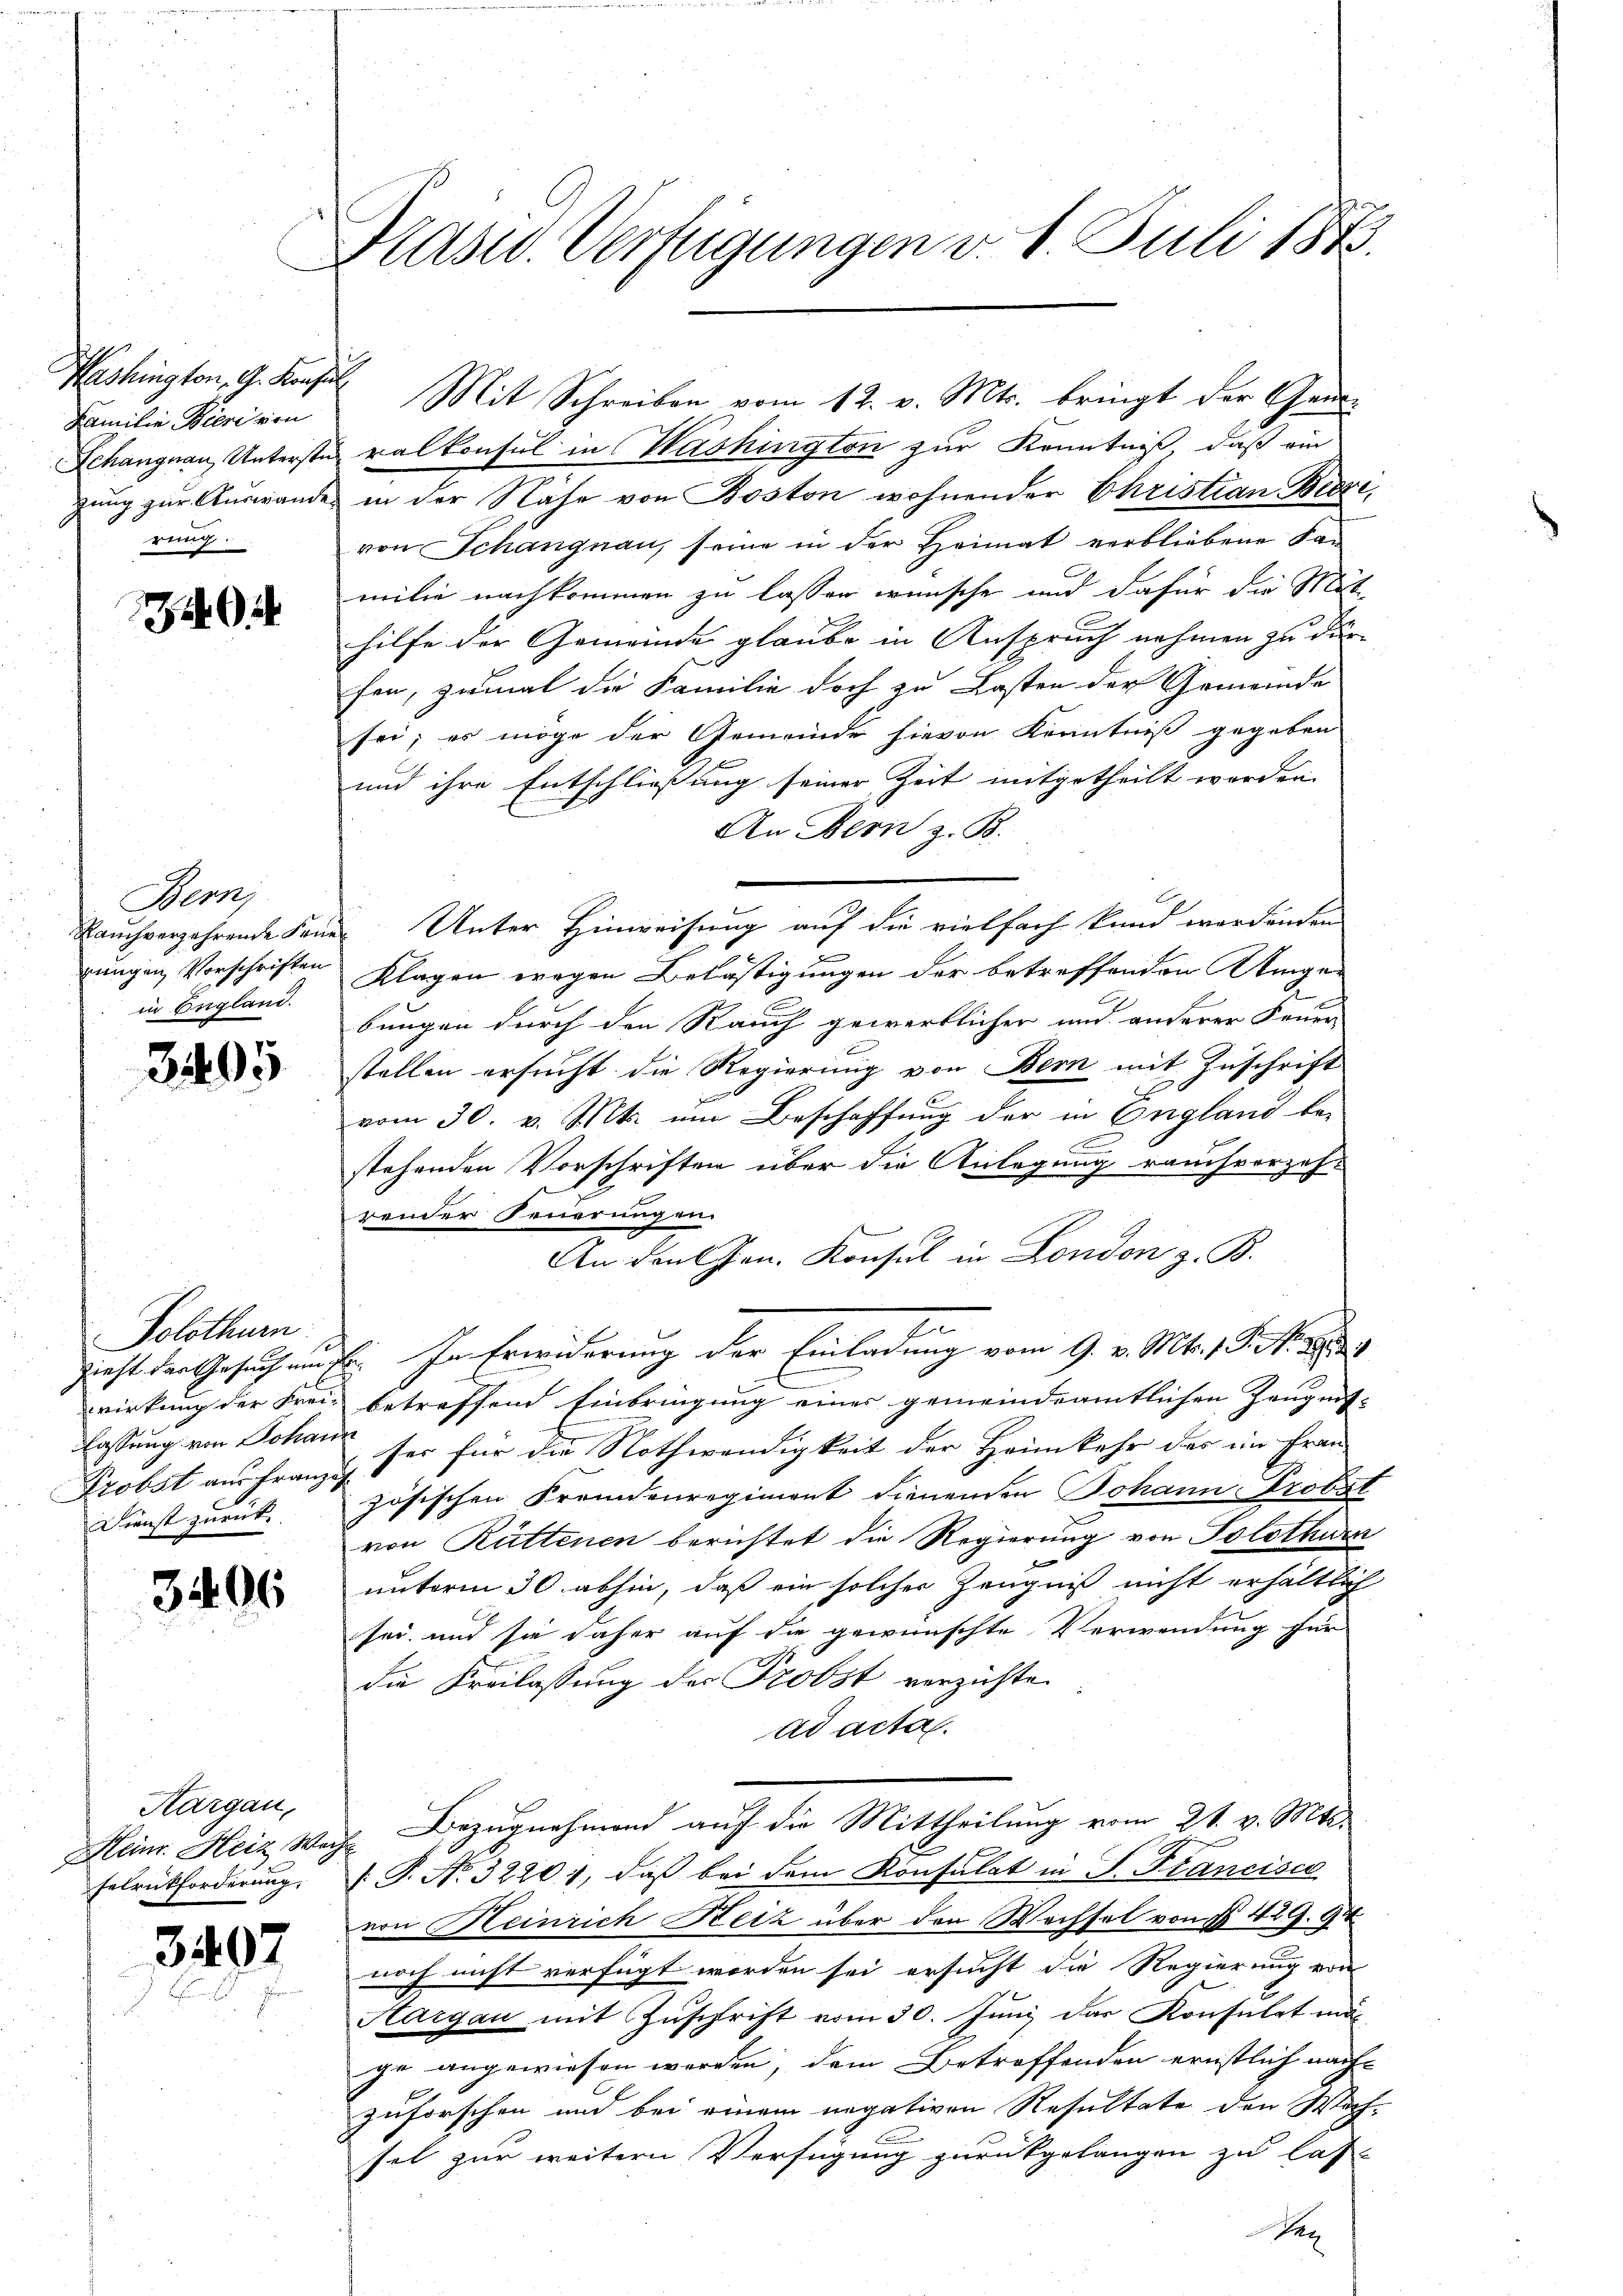
Washington, G. Konsu
Familie Bieri von
Schangnau Unterstüzung zur Auswande.
rung.

340

3.

Bern,
Rauch verzehrende Feue
jungen Vorschriften
in England.

5

Solothurn
Zieht das Gesuch um
wirkung der Frei-
lassung von Johan
Frobst aus Franz
Dienst zurück

3406

Kargau,
selrückforderung.

3407

Präsid. Verfügungen v. 1. Juli 1848.

Mit Schreiben vom 12. v. Mts. bringt der Gem
ralkonsul in Washington zur Kenntniß, daß ein
in der Nähe von Boston wohnender Christian Bieri,
von Schangnau, seine in der Heimat verbliebene Kan
milie nachkommen zu lassen wünsche und dafür die Mit
hilfe der Gemeinde glaube in Anspruch nehmen zu der
fen, zumal die Familie doch zu Lasten der Gemeinde
sei; es möge der Gemeinde hievon Kenntniß gegeben
und ihre Entschließung seiner Zeit mitgetheilt werden.
An Bern z. B.
e
Unter Hinweisung auf die vielfach kund werdenden
Klagen wegen Belästigungen der betreffenden Angebungen durch den Rauch gewerblicher und anderer Feuer
stellen ersucht die Regierung von Bern mit Zuschrift
vom 30. v. Mts. um Beschaffung der in England bestehenden Vorschriften über die Anlegung rauchvorzoh-
render Feuerungen
An den Hrn. Konsul in London z. B.
zu
B. In Erwiderung der Einladung vom 9. v. Mts. 1 S. Nr. 184
betreffend Einbringung einer gemeindeamtlichen Zeugnis-
ser für die Nothwendigkeit der Heimkehr des ein Frau
zösischen Fremdenregiment dienenden Johann Probel
von Rüttenen berichtet die Regierung von Solothurn
unterm 30. abhin, daß ein solches Zeugniß nicht erhältlich
sei, und sie daher auf die gewünschte Verwendung für
die Kreilassung der Probst verzichte.
ad acta.
Heinr. Heiz Weg. Bezugnehmend auf die Mittheilung vom 21. v. Mts.
 P. Nr. 32201, daß bei dem Konsulat in P. Francisca
von Heinrich Heiz über den Wechsel von § 429. 74
noch nicht verfügt worden sei ersucht die Regierung von
Hargau mit Zuschrift vom 30. Juni das Konsulat mage angewiesen werden, dem Betreffenden ernstlich nach-
zuforschen und bei einem negativen Resultate den Wach-
sel zur weitern Verfügung zurückgelangen zu las-